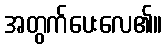
အတွက်ပေးလေ၏။